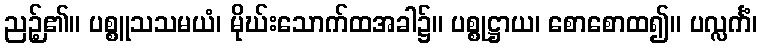
ညဉ့်၏။ ပစ္စူသသမယံ၊ မိုဃ်းသောက်ထအခါ၌။ ပစ္စုဋ္ဌာယ၊ စောစောထ၍။ ပလ္လင်္ကံ၊